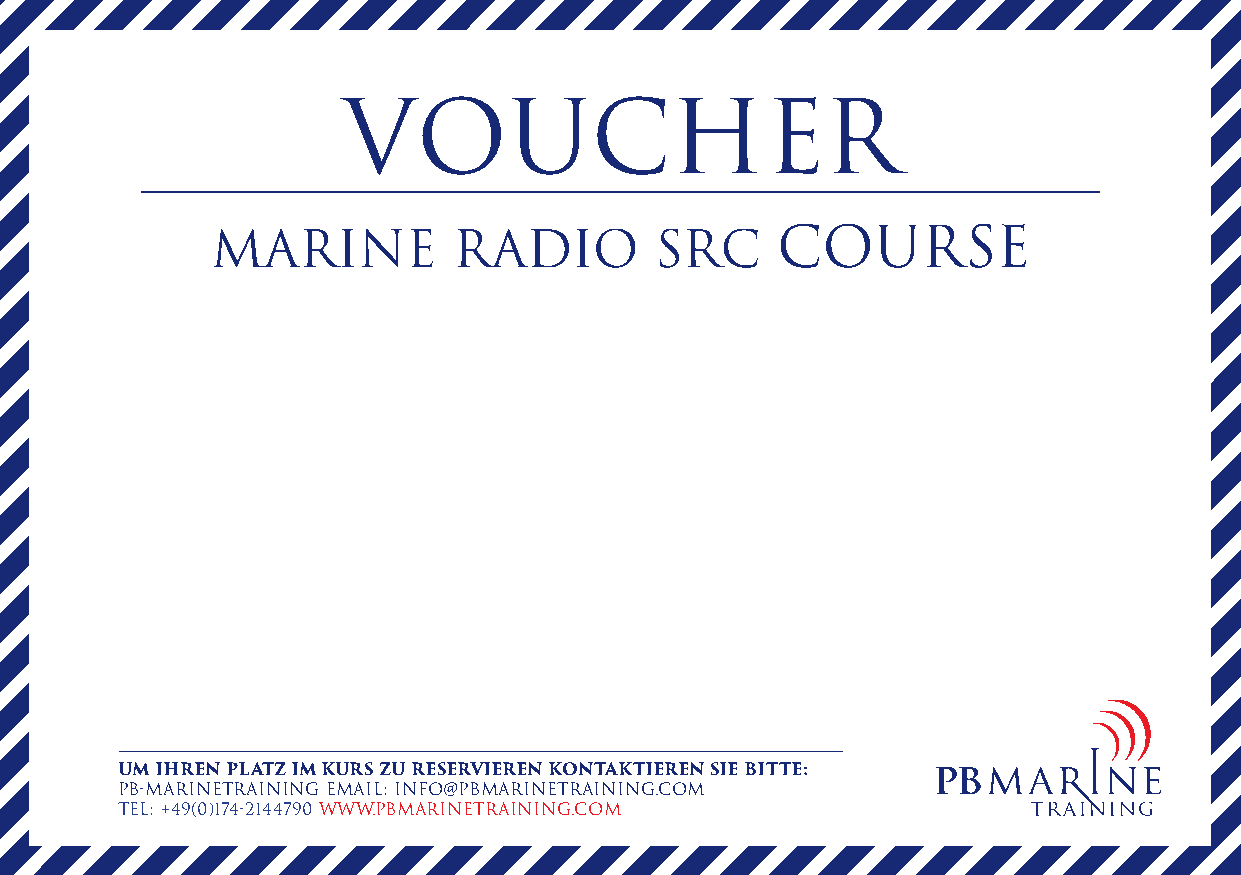
VOUCHER
 MARINE          RADIO        SRC     COURSE
 UUMM IIHHRREENN PPLLAATTZZ IIMM KKUURRSS ZZUU RREESSEERRVVIIEERREENN KKOONNTTAAKKTTIIEERREENN SSIIEE BBIITTTTEE::
 PPBB--MMAARRIINNEETTRRAAIINNIINNGG EEMMAAIILL:: IINNFFOO@@PPBBMMAARRIINNEETTRRAAIINNIINNGG..CCOOMM
 TTEELL:: ++4499((00))117744--22114444779900 WWWWWW..PPBBMMAARRIINNEETTRRAAIINNIINNGG..CCOOMM